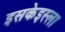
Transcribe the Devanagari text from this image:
इसकेइस्ला